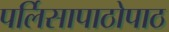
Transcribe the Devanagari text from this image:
पर्लिसापाठोपाठ